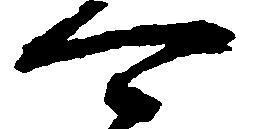
可